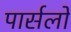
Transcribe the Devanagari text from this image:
पार्सलों